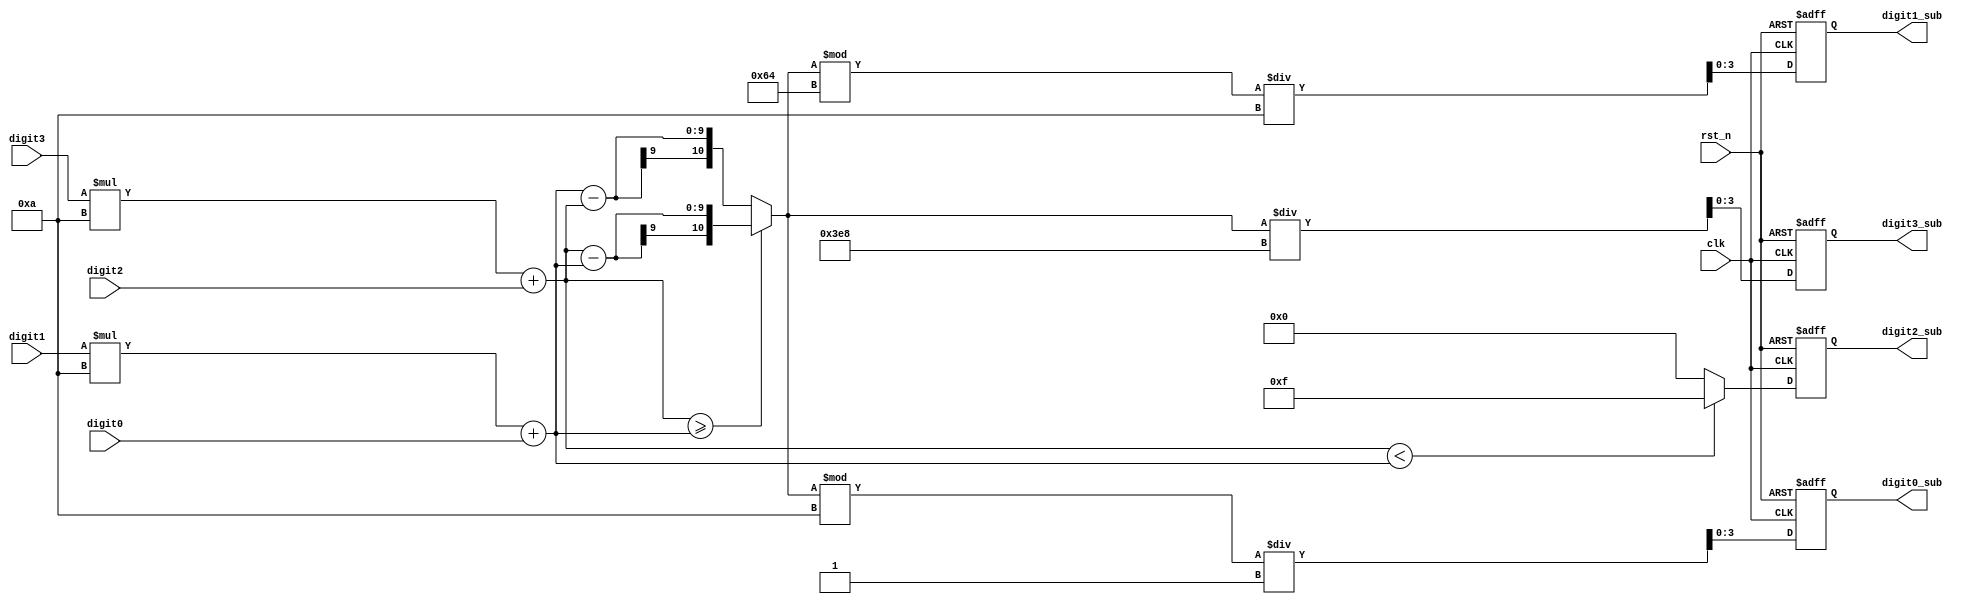
`timescale 1ns / 1ps
//////////////////////////////////////////////////////////////////////////////////
// Company: 
// Engineer: 
// 
// Design Name: 
// Module Name: Sub
// Project Name: 
// Target Devices: 
// Tool Versions: 
// Description: 
// 
// Dependencies: 
// 
// Revision:
// Revision 0.01 - File Created
// Additional Comments:
// 
//////////////////////////////////////////////////////////////////////////////////


module Sub(
    input clk,
    input rst_n,
    input [3:0] digit3,
    input [3:0] digit2,
    input [3:0] digit1,
    input [3:0] digit0,
    output reg [3:0] digit3_sub,
    output reg [3:0] digit2_sub,
    output reg [3:0] digit1_sub,
    output reg [3:0] digit0_sub

    );
    
      wire [10:0] sub_tmp1,sub_tmp0;
      reg [10:0] sub_total;
      wire [3:0] next_digit3_sub,next_digit2_sub,next_digit1_sub,next_digit0_sub;
      
      
      assign sub_tmp1 = digit3 * (4'd10) + digit2;
      assign sub_tmp0 = digit1 * (4'd10) + digit0;
      
      always@*
      begin
      if(sub_tmp1>=sub_tmp0)
          sub_total = sub_tmp1 - sub_tmp0;
      else 
          sub_total = sub_tmp0 - sub_tmp1;
      end 
       
      assign next_digit3_sub = sub_total/1000;
      assign next_digit2_sub = (sub_tmp1 < sub_tmp0)? 4'd15:4'd0;
      assign next_digit1_sub = (sub_total%100)/10;
      assign next_digit0_sub = (sub_total%10)/1;
      
      
      
always @(posedge clk or negedge rst_n)
      begin
      if (~rst_n)
      begin
          digit3_sub <= 4'b0000;
          digit2_sub <= 4'b0000;
          digit1_sub <= 4'b0000;
          digit0_sub <= 4'b0000;
      end
      else
      begin
          digit3_sub <= next_digit3_sub;
          digit2_sub <= next_digit2_sub;
          digit1_sub <= next_digit1_sub;
          digit0_sub <= next_digit0_sub;
       end
   end           
endmodule